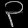
Digit: ၃